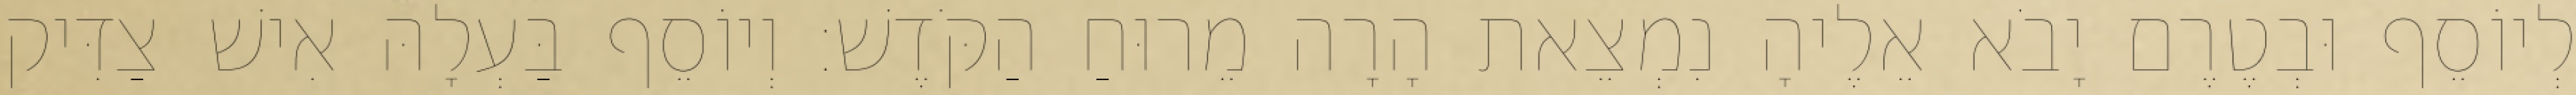
לְיוֹסֵף וּבְטֶרֶם יָבֹא אֵלֶיהָ נִמְצֵאת הָרָה מֵרוּחַ הַקֹּדֶשׁ׃ וְיוֹסֵף בַּעְלָהּ אִישׁ צַדִּיק